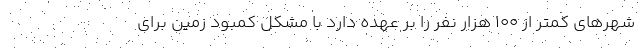
شهرهای کمتر از ۱۰۰ هزار نفر را بر عهده دارد با مشکل کمبود زمین برای